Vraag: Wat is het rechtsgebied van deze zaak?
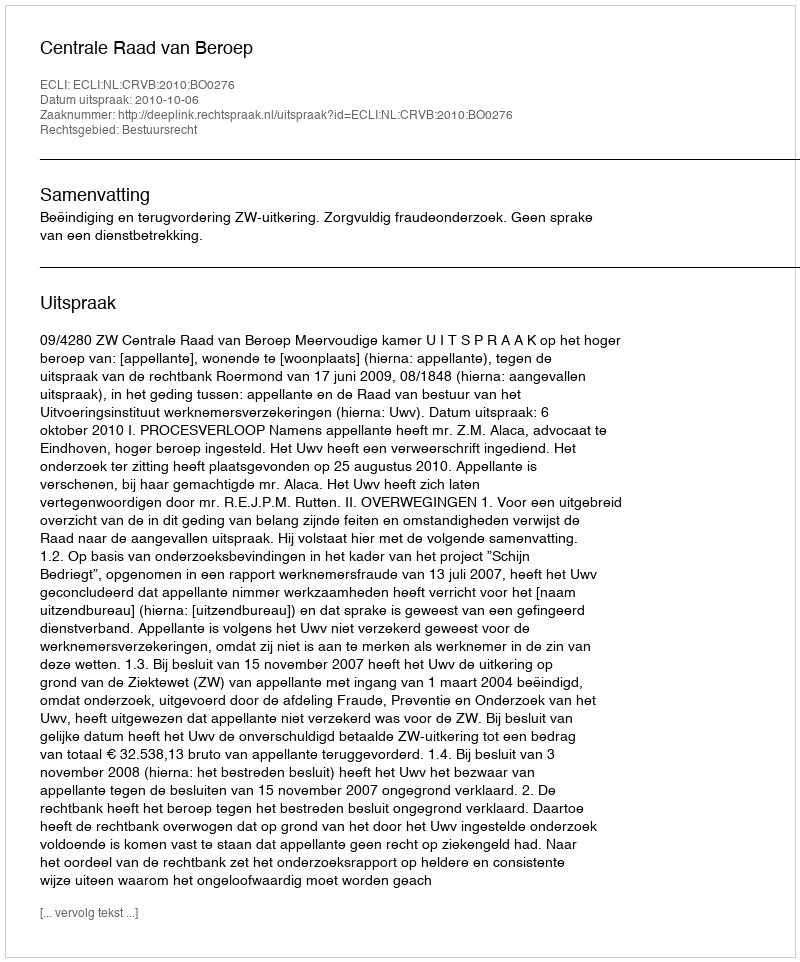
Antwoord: Bestuursrecht